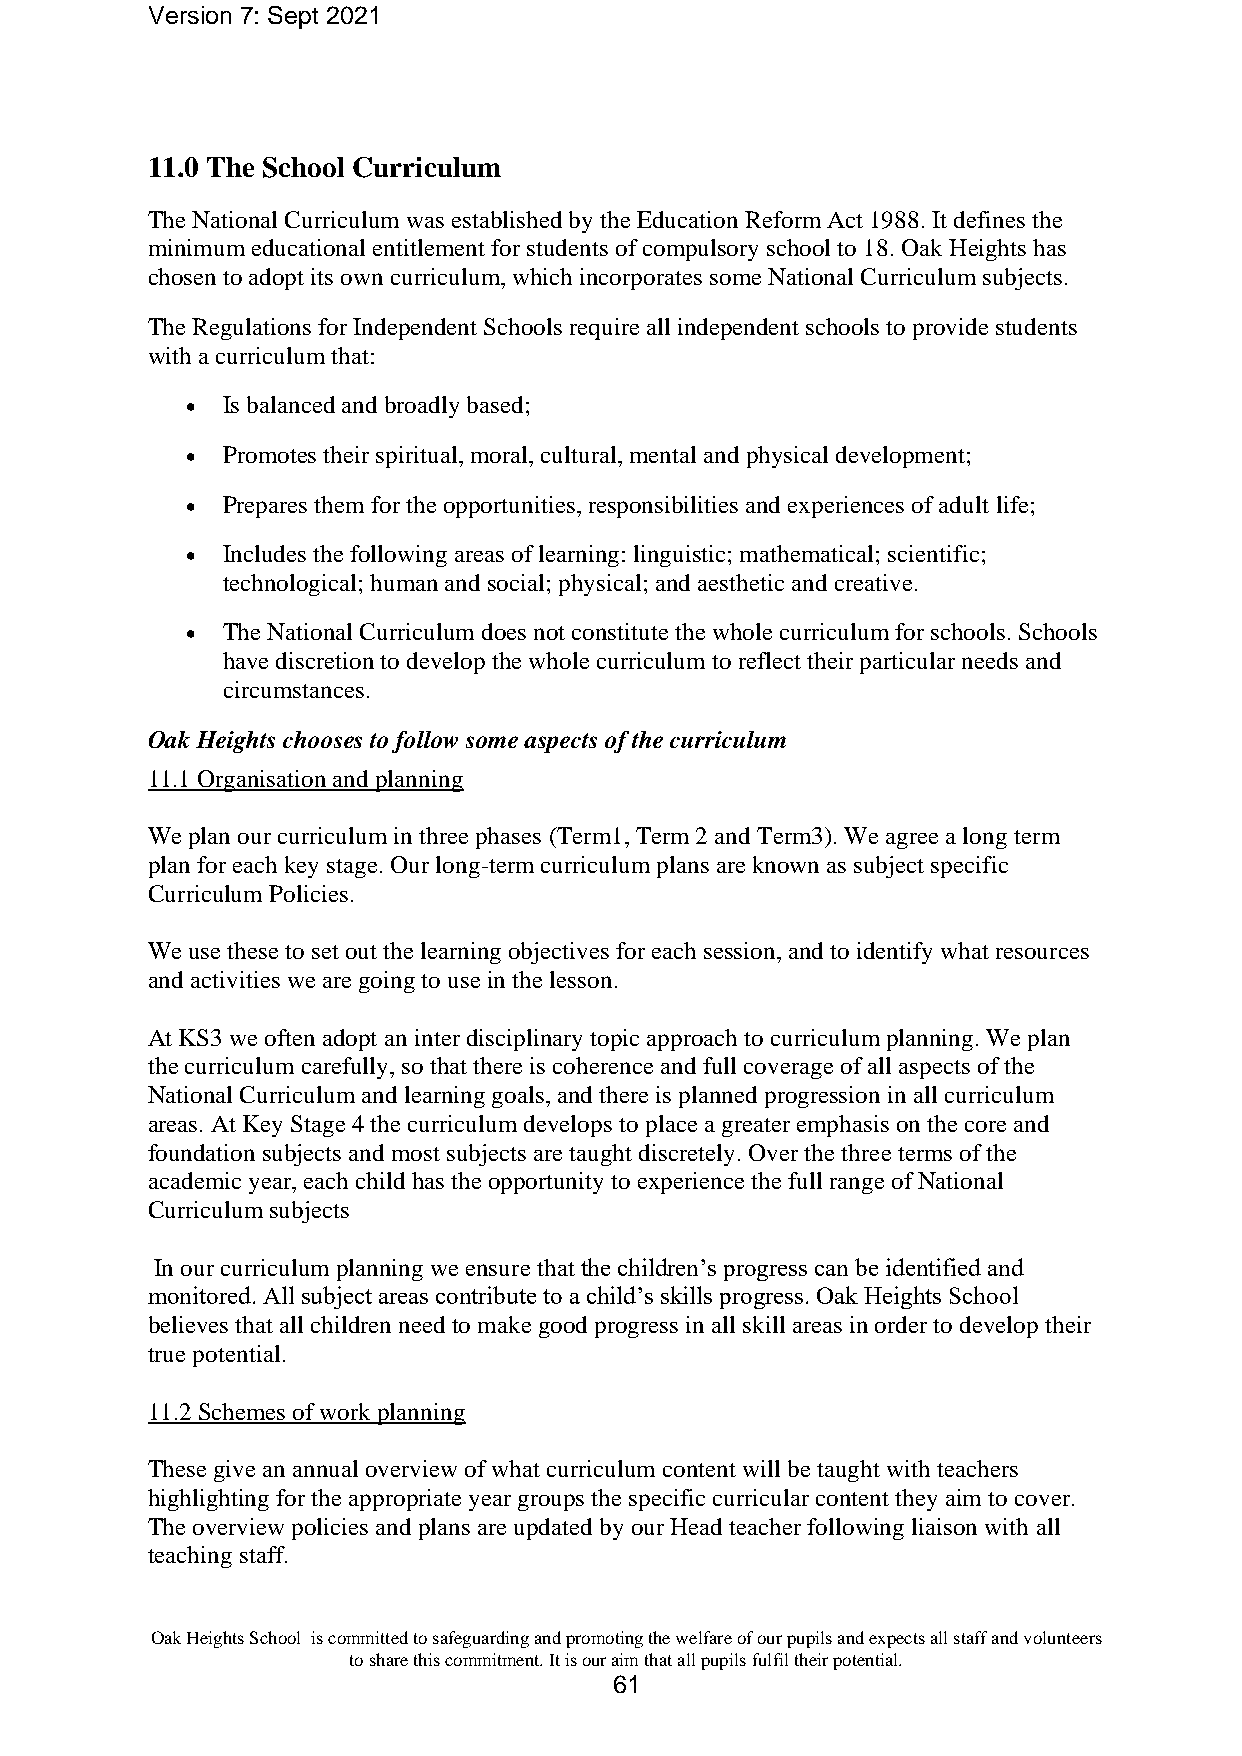
Version 7: Sept 2021
 11.0 The School Curriculum
 The National Curriculum was established by the Education Reform Act 1988. It defines the
 minimum educational entitlement for students of compulsory school to 18. Oak Heights has
 chosen to adopt its own curriculum, which incorporates some National Curriculum subjects.
 The Regulations for Independent Schools require all independent schools to provide students
 with a curriculum that:
 •  Is balanced and broadly based;
 •  Promotes their spiritual, moral, cultural, mental and physical development;
 •  Prepares them for the opportunities, responsibilities and experiences of adult life;
 •  Includes the following areas of learning: linguistic; mathematical; scientific;
 technological; human and social; physical; and aesthetic and creative.
 •  The National Curriculum does not constitute the whole curriculum for schools. Schools
 have discretion to develop the whole curriculum to reflect their particular needs and
 circumstances.
 Oak Heights chooses to follow some aspects of the curriculum
 11.1 Organisation and planning
 We plan our curriculum in three phases (Term1, Term 2 and Term3). We agree a long term
 plan for each key stage. Our long-term curriculum plans are known as subject specific
 Curriculum Policies.
 We use these to set out the learning objectives for each session, and to identify what resources
 and activities we are going to use in the lesson.
 At KS3 we often adopt an inter disciplinary topic approach to curriculum planning. We plan
 the curriculum carefully, so that there is coherence and full coverage of all aspects of the
 National Curriculum and learning goals, and there is planned progression in all curriculum
 areas. At Key Stage 4 the curriculum develops to place a greater emphasis on the core and
 foundation subjects and most subjects are taught discretely. Over the three terms of the
 academic year, each child has the opportunity to experience the full range of National
 Curriculum subjects
 In our curriculum planning we ensure that the children’s progress can be identified and
 monitored. All subject areas contribute to a child’s skills progress. Oak Heights School
 believes that all children need to make good progress in all skill areas in order to develop their
 true potential.
 11.2 Schemes of work planning
 These give an annual overview of what curriculum content will be taught with teachers
 highlighting for the appropriate year groups the specific curricular content they aim to cover.
 The overview policies and plans are updated by our Head teacher following liaison with all
 teaching staff.
 Oak Heights School is committed to safeguarding and promoting the welfare of our pupils and expects all staff and volunteers
 to share this commitment. It is our aim that all pupils fulfil their potential.
 61